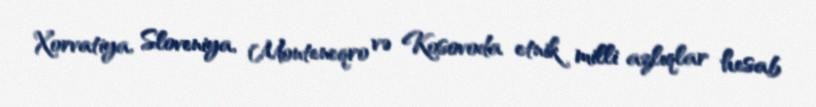
Xorvatiya, Sloveniya, Monteneqro və Kosovoda etnik milli azlıqlar hesab